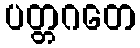
ပတ္တဂတေ